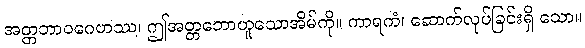
အတ္တဘာဝဂေဟဿ၊ ဤအတ္တဘောဟူသောအိမ်ကို။ ကာရကံ၊ ဆောက်လုပ်ခြင်းရှိ သော။